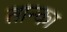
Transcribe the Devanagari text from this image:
तान्का